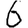
Digit: 6